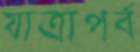
যাত্রাপর্ব